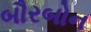
બૌરબોન